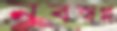
নবস্বপ্ন